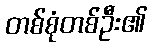
တစ်စုံတစ်ဦး၏